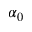
\alpha _ { 0 }